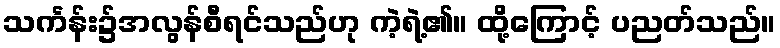
သင်္ကန်း၌အလွန်စီရင်သည်ဟု ကဲ့ရဲ့၏။ ထို့ကြောင့် ပညတ်သည်။